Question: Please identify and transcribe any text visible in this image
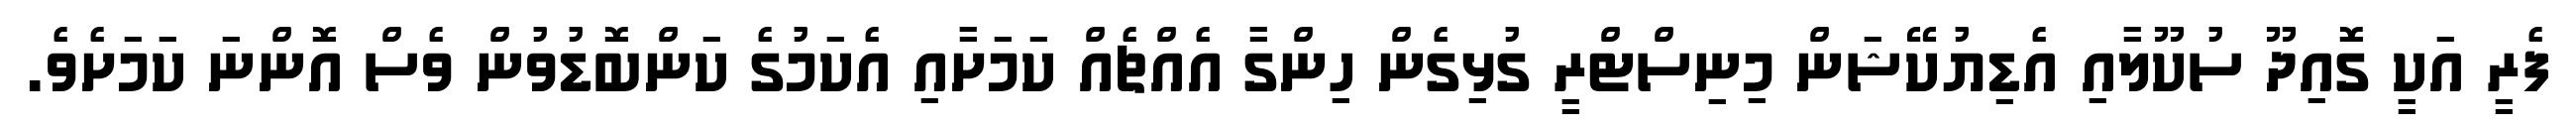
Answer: ފެރީ އަކީ ގޮއިދޫ ސުކޫލާއި އެޑިޔުކޭޝަން މިނިސްޓްރީ ގުޅިގެން ހިންގާ އެއްޗެއް ކަމަށާއި އެކަމުގެ ކަންބޮޑުވުން ވެސް އޮންނަ ކަމަށެވެ.